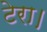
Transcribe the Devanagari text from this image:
टेरा।